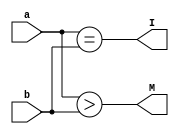
module altonivel (input [7:0]a, input [7:0]b, output M, output I);
assign M= a>b;
assign I= a==b;
endmodule 

module maiorIgual2b (input [1:0]a, input [1:0]b, output M, output I);
assign M= (a[1] & ~b[1]) | (a[1] & a[0] & ~b[0]) | (a[0] & ~b[0] & ~b[1]);
assign I= (~b[0] & ~b[1] & ~a[0] & ~a[1]) | (b[0] & ~b[1] & a[0] & ~a[1]) | (b[0] & b[1] & a[0] & a[1]) | (~b[0] & b[1] & ~a[0] & a[1]);
endmodule 

module maiorIgualArvore (input Me, input Md, input Ie, input Id, output M, output I);
assign M= Me|(Ie & Md);
assign I= Id & Ie;
endmodule 

module arvore(input [7:0]a, input [7:0]b, output M, output I);
wire m76, i76, m54, i54, m32, i32, m10, i10;
maiorIgual2b M76(a[7:6], b[7:6], m76, i76);
maiorIgual2b M54(a[5:4], b[5:4], m54, i54);
maiorIgual2b M32(a[3:2], b[3:2], m32, i32);
maiorIgual2b M10(a[1:0], b[1:0], m10, i10);

wire me, ie, md, id, Mt, It;
maiorIgualArvore M1(m76, m54, i76, i54, me, ie);
maiorIgualArvore M2(m32, m10, i32, i10, md, id);
maiorIgualArvore Resp(me, md, ie, id, Mt, It);

assign M = Mt;
assign I = It;

endmodule

//template do testbench esqdir
module stimulus;
    reg [7:0] a,b;
    wire m1,m2,i1,i2;
    altonivel M1(a,b,m1,i1);
    arvore M2(a,b,m2,i2);
    integer i;     
    initial begin
                
    $monitor(" a=%d,b=%d A>B %b%b A==B %b%b",a,b,m1,m2,i1,i2);
      for(i=0;i<65536;i=i+1)
	begin 
          a= i[15:8]; b = i[7:0]; #1;
	  if( m1 !== m2 || i1 !== i2 ) $display("Falha ! a=%d b=%d maior %b %b igual %b %b",a,b,m1,m2,i1,i2);
       	end  // for 
        a = 0; b=0; #2;
    end  // initial
     
    endmodule